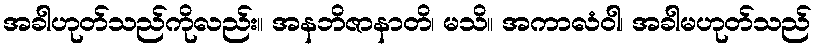
အခါဟုတ်သည်ကိုလည်း။ အနဘိဇာနာတိ၊ မသိ။ အကာလံဝါ၊ အခါမဟုတ်သည်